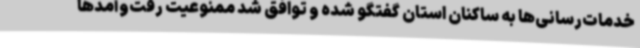
خدمات‌رسانی‌ها به ساکنان استان گفتگو شده و توافق شد ممنوعیت رفت‌وآمدها